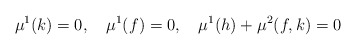
\begin{align*} \mu^1(k) = 0, \ \ \ \mu^1(f) = 0, \ \ \ \mu^1(h) + \mu^2(f,k) = 0 \end{align*}